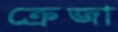
ক্রেজা